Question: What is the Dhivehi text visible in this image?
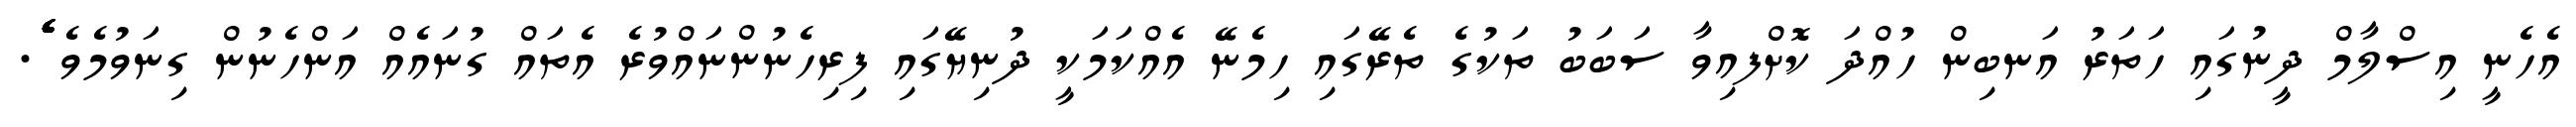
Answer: އެހެނީ އިސްލާމް ދީނުގައި ހަތަރު އަނބިން ހުއްދަ ކޮށްފއިވާ ސަބަބު ތަކުގެ ތެރޭގައި ހިމެނޭ އެއްކަމަކީ ދުނިޔޭގައި ފިރިހެނުންނައްވުރެ އެތައް ގުނައެއް އަންހެނުން ގިނަވުމެވެ ެެެެެެެެެެެެެެެެެެެެެެެެެެެެެެެެެެެެެެެެެެެެެެެެެެެެެެެެެެެެެެެެެެެެެެެެ.